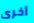
أخرى